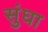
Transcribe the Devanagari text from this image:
सुंघा